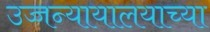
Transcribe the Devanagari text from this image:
उच्चन्यायालयाच्या